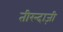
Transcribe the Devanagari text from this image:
तीरन्दाज़ी